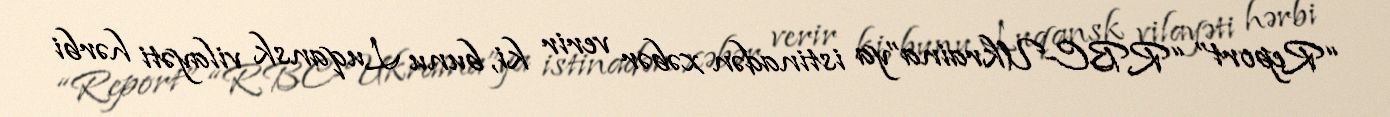
“Report” “RBC-Ukraina”ya istinadən xəbər verir ki, bunu Luqansk vilayəti hərbi